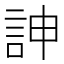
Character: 訷